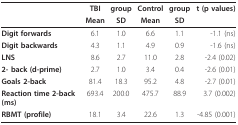
|  | TBI | group | Control | group | t (p values) |
 |  | Mean | SD | Mean | SD |  |
 | --- | --- | --- | --- | --- | --- |
 | Digit forwards | 6.1 | 1.0 | 6.6 | 1.1 | -1.1 (ns) |
 | Digit backwards | 4.3 | 1.1 | 4.9 | 0.9 | -1.6 (ns) |
 | LNS | 8.6 | 2.7 | 11.0 | 2.8 | -2.4 (0.02) |
 | 2- back (d-prime) | 2.7 | 1.0 | 3.4 | 0.4 | -2.6 (0.01) |
 | Goals 2-back | 81.4 | 18.3 | 95.2 | 4.8 | -2.7 (0.01) |
 | Reaction time 2-back (ms) | 693.4 | 200.0 | 475.7 | 88.9 | 3.7 (0.002) |
 | RBMT (profile) | 18.1 | 3.4 | 22.6 | 1.3 | -4.85 (0.001) |